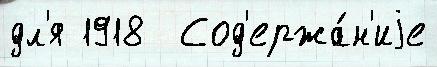
дл'я 1918  Сод'ержа́н'иjе